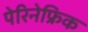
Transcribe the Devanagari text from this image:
पेरिनेफ्रिक